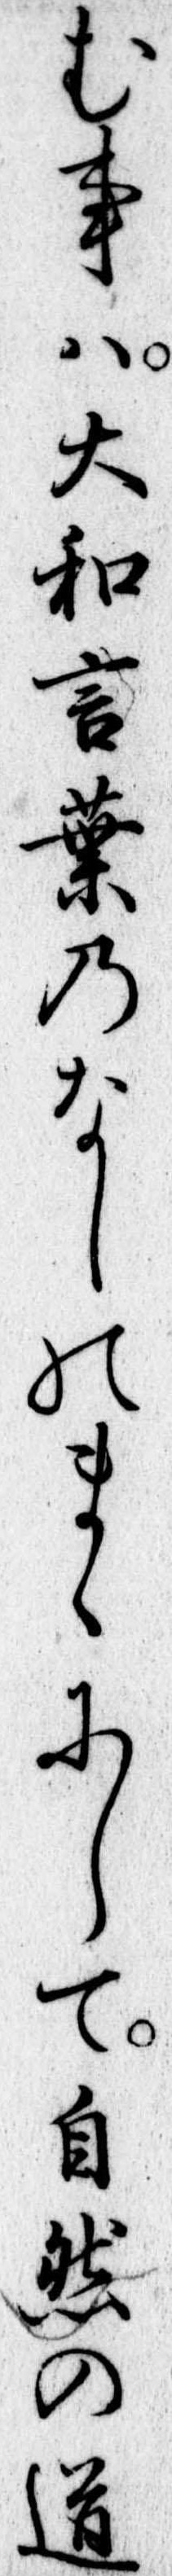
む事は大和言葉のなしのまゝにして自然の道